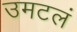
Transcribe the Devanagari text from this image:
उमटलं